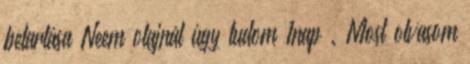
betartása Neem olajnál úgy tudom 1nap . Most olvasom